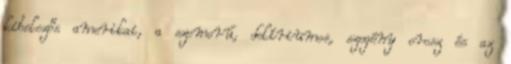
kibelezős amerikai, a szomorú, delíriumos, szegény orosz és az